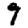
Digit: 9